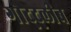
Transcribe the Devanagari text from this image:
गोट्ट्लीब